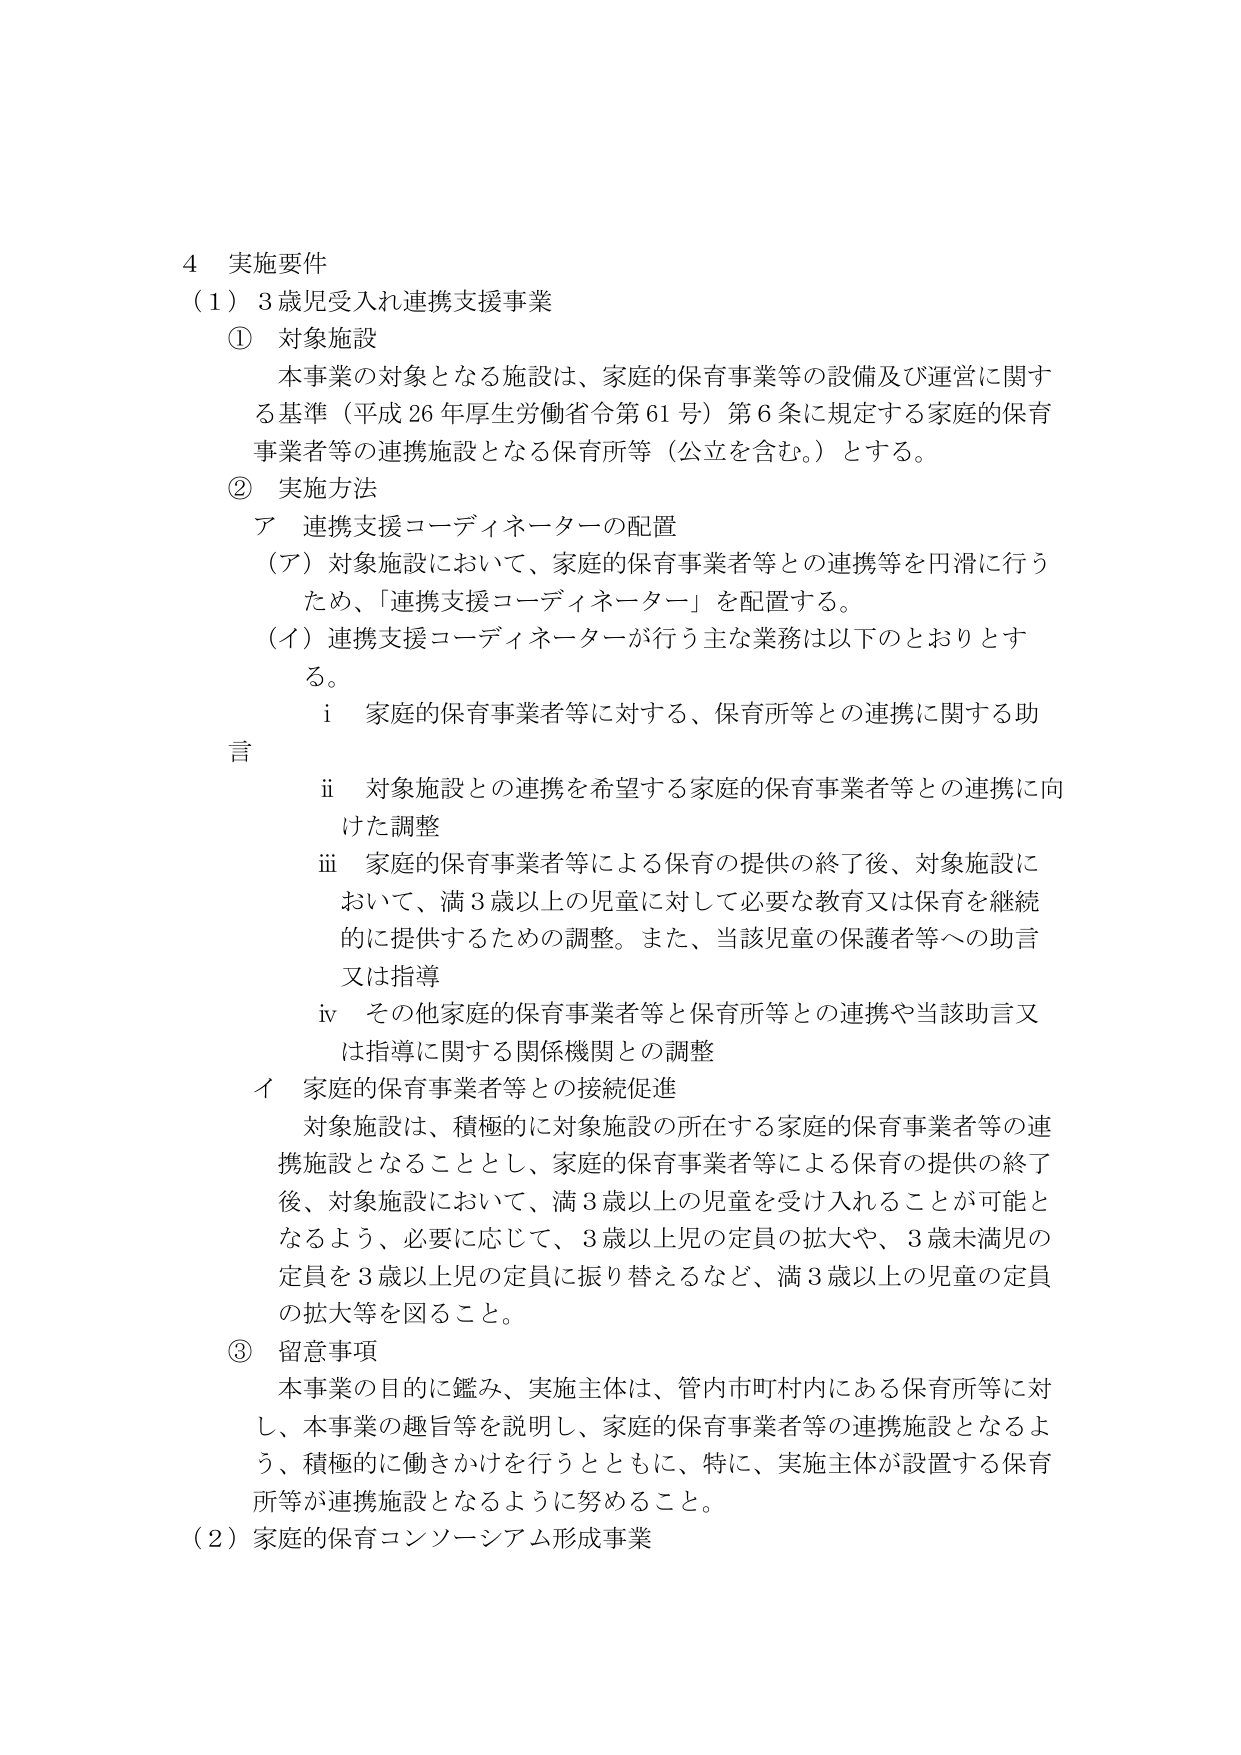
4 実施要件
（1）3歳児受入れ連携支援事業
① 対象施設
本事業の対象となる施設は、家庭的保育事業等の設備及び運営に関する基準（平成26年厚生労働省令第61号）第6条に規定する家庭的保育事業者等の連携施設となる保育所等（公立を含む。）とする。
② 実施方法
ア 連携支援コーディネーターの配置
（ア）対象施設において、家庭的保育事業者等との連携等を円滑に行うため、「連携支援コーディネーター」を配置する。
（イ）連携支援コーディネーターが行う主な業務は以下のとおりとする。
　i 家庭的保育事業者等に対する、保育所等との連携に関する助言
　ii 対象施設との連携を希望する家庭的保育事業者等との連携に向けた調整
　iii 家庭的保育事業者等による保育の提供の終了後、対象施設において、満3歳以上の児童に対して必要な教育又は保育を継続的に提供するための調整。また、当該児童の保護者等への助言又は指導
　iv その他家庭的保育事業者等と保育所等との連携や当該助言又は指導に関する関係機関との調整
イ 家庭的保育事業者等との接続促進
対象施設は、積極的に対象施設の所在する家庭的保育事業者等の連携施設となることとし、家庭的保育事業者等による保育の提供の終了後、対象施設において、満3歳以上の児童を受け入れることが可能となるよう、必要に応じて、3歳以上児の定員の拡大や、3歳未満児の定員を3歳以上児の定員に振り替えるなど、満3歳以上の児童の定員の拡大等を図ること。
③ 留意事項
本事業の目的に鑑み、実施主体は、管内市町村内にある保育所等に対し、本事業の趣旨等を説明し、家庭的保育事業者等の連携施設となるよう、積極的に働きかけを行うとともに、特に、実施主体が設置する保育所等が連携施設となるように努めること。
（2）家庭的保育コンソーシアム形成事業